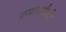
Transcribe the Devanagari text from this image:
प्रसादापैकी